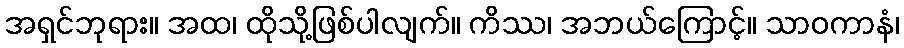
အရှင်ဘုရား။ အထ၊ ထိုသို့ဖြစ်ပါလျက်။ ကိဿ၊ အဘယ်ကြောင့်။ သာဝကာနံ၊